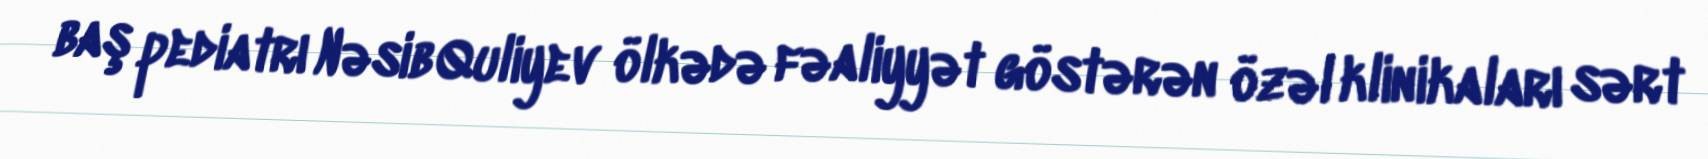
baş pediatrı Nəsib Quliyev ölkədə fəaliyyət göstərən özəl klinikaları sərt